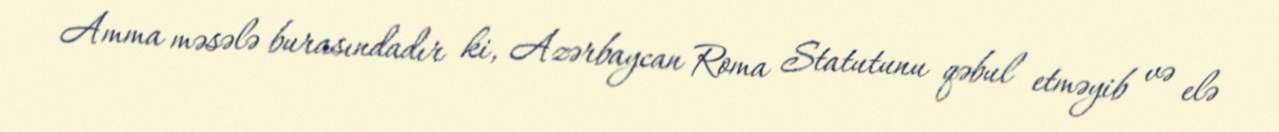
Amma məsələ burasındadır ki, Azərbaycan Roma Statutunu qəbul etməyib və elə